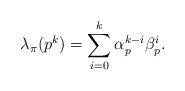
LaTeX: \begin{align*} \lambda_\pi(p^k)= \sum_{i=0}^k \alpha_p^{k-i} \beta_p^i. \end{align*}